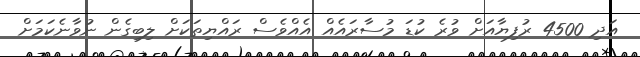
އަދި 4500 ރުފިޔާއަށް ވުރެ ކުޑަ މުސާރައެއް އެއްވެސް ރައްޔިތަކަށް ލިބިގެން ނުވާނެކަމަށް